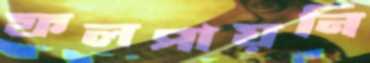
ফলপায়নি